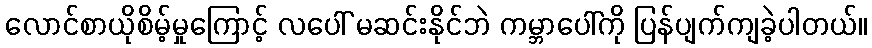
လောင်စာယိုစိမ့်မှုကြောင့် လပေါ် မဆင်းနိုင်ဘဲ ကမ္ဘာပေါ်ကို ပြန်ပျက်ကျခဲ့ပါတယ်။